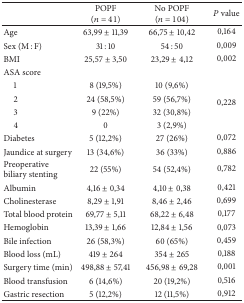
<table><thead><tr><td><b> </b></td><td><b>POPF (<i>n</i> = 41)</b></td><td><b>No POPF (<i>n</i> = 104)</b></td><td><b><i>P</i> value</b></td></tr></thead><tbody><tr><td>Age</td><td>63,99 ± 11,39</td><td>66,75 ± 10,42</td><td>0,164</td></tr><tr><td>Sex (M : F)</td><td>31 : 10</td><td>54 : 50</td><td>0,009</td></tr><tr><td>BMI</td><td>25,57 ± 3,50</td><td>23,29 ± 4,12</td><td>0,002</td></tr><tr><td>ASA score</td><td> </td><td> </td><td> </td></tr><tr><td> 1</td><td>8 (19,5%)</td><td>10 (9,6%)</td><td rowspan="4">0,228</td></tr><tr><td> 2</td><td>24 (58,5%)</td><td>59 (56,7%)</td></tr><tr><td> 3</td><td>9 (22%)</td><td>32 (30,8%)</td></tr><tr><td> 4</td><td>0</td><td>3 (2,9%)</td></tr><tr><td>Diabetes</td><td>5 (12,2%)</td><td>27 (26%)</td><td>0,072</td></tr><tr><td>Jaundice at surgery</td><td>13 (34,6%)</td><td>36 (33%)</td><td>0,886</td></tr><tr><td>Preoperative biliary stenting</td><td>22 (55%)</td><td>54 (52,4%)</td><td>0,782</td></tr><tr><td>Albumin</td><td>4,16 ± 0,34</td><td>4,10 ± 0,38</td><td>0,421</td></tr><tr><td>Cholinesterase</td><td>8,29 ± 1,91</td><td>8,46 ± 2,46</td><td>0,699</td></tr><tr><td>Total blood protein</td><td>69,77 ± 5,11</td><td>68,22 ± 6,48</td><td>0,177</td></tr><tr><td>Hemoglobin</td><td>13,39 ± 1,66</td><td>12,84 ± 1,56</td><td>0,073</td></tr><tr><td>Bile infection</td><td>26 (58,3%)</td><td>60 (65%)</td><td>0,459</td></tr><tr><td>Blood loss (mL)</td><td>419 ± 264</td><td>354 ± 265</td><td>0,188</td></tr><tr><td>Surgery time (min)</td><td>498,88 ± 57,41</td><td>456,98 ± 69,28</td><td>0,001</td></tr><tr><td>Blood transfusion</td><td>6 (14,6%)</td><td>20 (19,2%)</td><td>0,516</td></tr><tr><td>Gastric resection</td><td>5 (12,2%)</td><td>12 (11,5%)</td><td>0,912</td></tr></tbody></table>